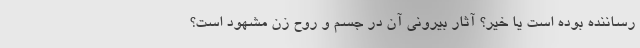
رساننده بوده است یا خیر؟ آثار بیرونی آن در جسم و روح زن مشهود است؟